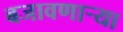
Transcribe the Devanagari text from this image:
बजावणार्‍या